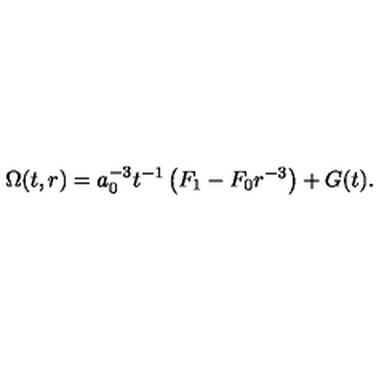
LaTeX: \Omega ( t , r ) = a _ { 0 } ^ { - 3 } t ^ { - 1 } \left( F _ { 1 } - F _ { 0 } r ^ { - 3 } \right) + G ( t ) .